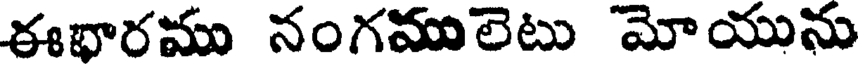
ఈభారము నంగములెటు మోయును